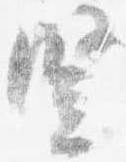
竪